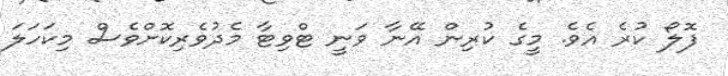
ފޮލޯ ކުރެ އެވެ. މީގެ ކުރިން އޭނާ ވަނީ ޓްވިޓާ މެދުވެރިކޮށްވެސް މިކަހަލަ